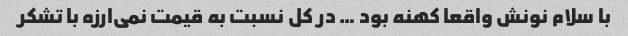
با سلام نونش واقعا کهنه بود … در کل نسبت به قیمت نمی‌ارزه با تشکر